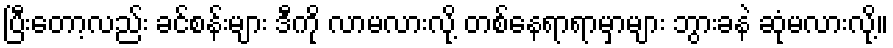
ပြီးတော့လည်း ခင်စန်းများ ဒီကို လာမလားလို့ တစ်နေရာရာမှာများ ဘွားခနဲ ဆုံမလားလို့။